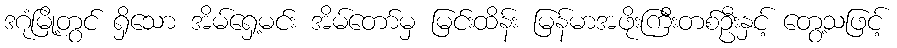
ဒဂုံမြို့တွင် ရှိသော အိမ်ရှေ့မင်း အိမ်တော်မှ မြင်းထိန်း မြန်မာအဖိုးကြီးတစ်ဦးနှင့် တွေ့သဖြင့်